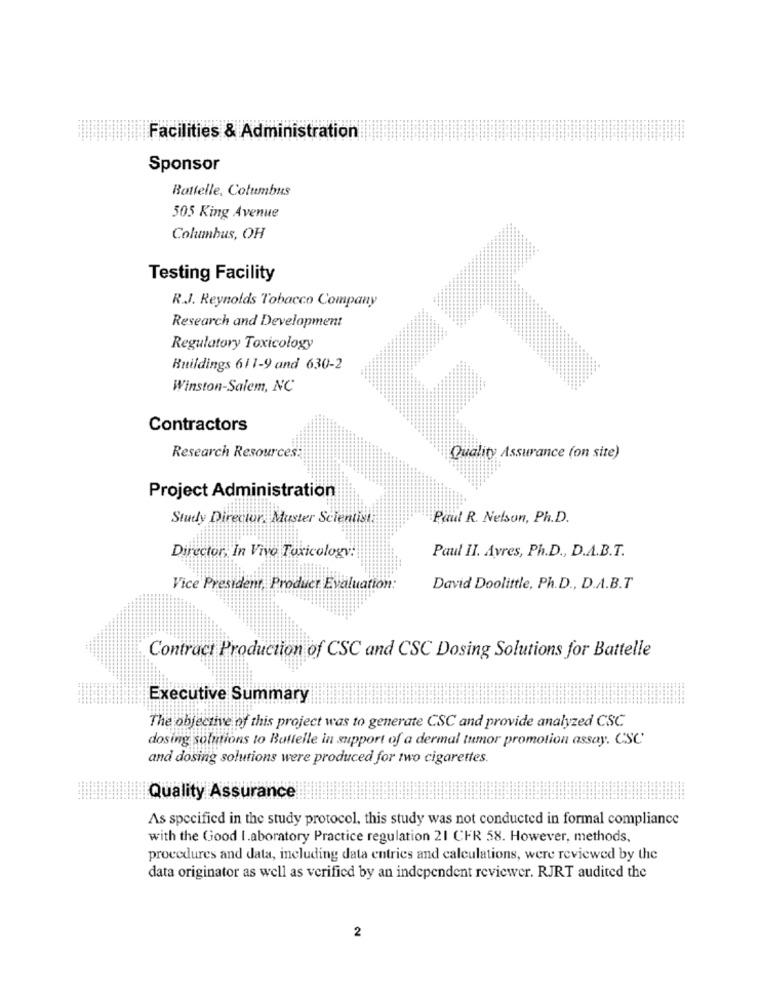
Facilities & Administration
Sponsor
Battelle, Columbus
505 King Avenue
Columbus, OH
Testing Facility
R.J. Reynolds Tobacco Company
Research and Development
Regulatory Toxicology
Buildings 611-9 and 630-2
Winston-Salem, NC
Contractors
Research Resources:
Quality Assurance (on site)
Project Administration
Study Director. Muster Scientist
Paul R. Nelson, Ph.D.
Director, In Vivo Toxicology:
Paul II. Avres, Ph.D ., D.A.B.T.
Vice President, Product Evaluation:
David Doolittle, Ph.D ., D.A.B.T
Contract Production of CSC and CSC Dosing Solutions for Battelle
Executive Summary
The objective of this project was to generate CSC and provide analyzed CSC
dosing solutions to Buttelle in support of a dermal tumor promotion assay. CSC'
and dosing solutions were produced for two cigarettes.
Quality Assurance
As specified in the study protocol, this study was not conducted in formal compliance
with the Good I.aboratory Practice regulation 21 CFR 58. However, methods,
procedures and data, including data entries and calculations, were reviewed by the
data originator as well as verified by an independent reviewer. RJRT audited the
2